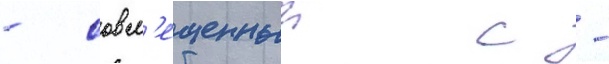
- совм'ещенныи с -